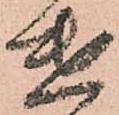
遣